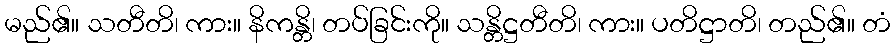
မည်၏။ သတီတိ၊ ကား။ နိကန္တိ၊ တပ်ခြင်းကို။ သန္တိဋ္ဌတီတိ၊ ကား။ ပတိဋ္ဌာတိ၊ တည်၏။ တံ